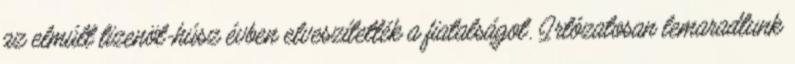
az elmúlt tizenöt-húsz évben elveszítették a fiatalságot. Irtózatosan lemaradtunk